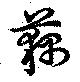
藕